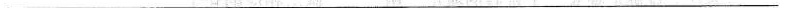
___